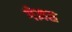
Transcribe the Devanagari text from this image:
गेज्ञस